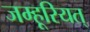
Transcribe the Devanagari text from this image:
जम्हूरियत्